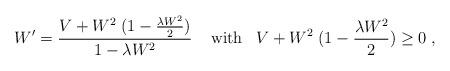
LaTeX: \begin{align*} W' = \frac{V + W^2 \; (1 - \frac{\lambda W^2}{2})}{1 - \lambda W^2} \; \; \; \; {\rm with} \; \; \; V + W^2 \; (1 - \frac{\lambda W^2}{2}) \ge 0 \; ,\end{align*}